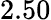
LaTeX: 2.50